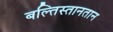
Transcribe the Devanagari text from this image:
बल्तिस्तानतान